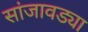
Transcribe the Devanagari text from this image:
सांजावड्या